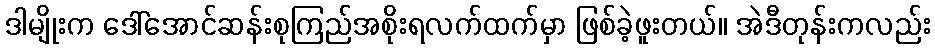
ဒါမျိုးက ဒေါ်အောင်ဆန်းစုကြည်အစိုးရလက်ထက်မှာ ဖြစ်ခဲ့ဖူးတယ်။ အဲဒီတုန်းကလည်း